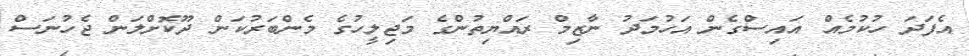
އެފަދަ ހުކުމެއް އައިސްގެން އަހުމަދު ނާޒިމް ރައްޔިތުންގެ މަޖިލީހުގެ މެންބަރުކަން ދޫކޮށްލަން ޖެހުނަސް